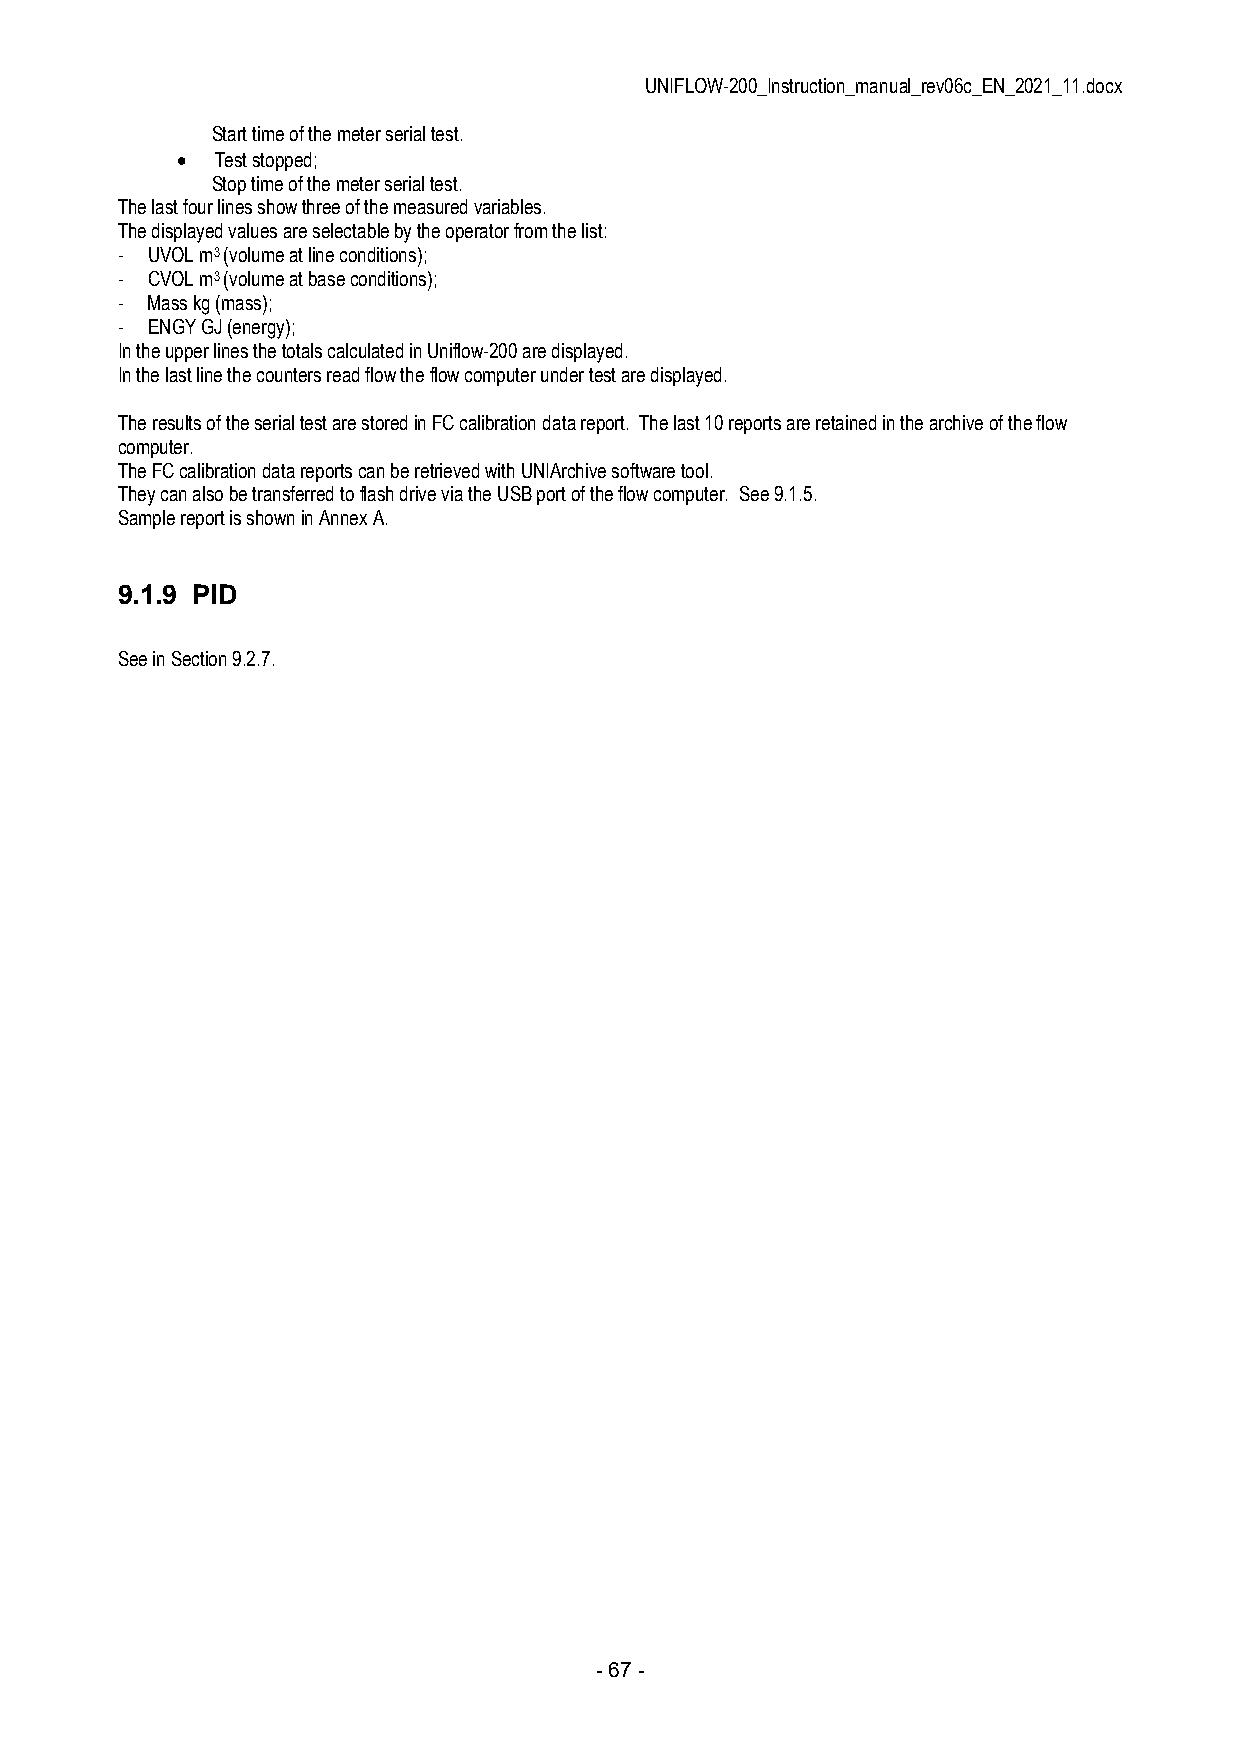
UNIFLOW-200_Instruction_manual_rev06c_EN_2021_11.docx
 Start time of the meter serial test.
  Test stopped;
 Stop time of the meter serial test.
 The last four lines show three of the measured variables.
 The displayed values are selectable by the operator from the list:
 - UVOL m3 (volume at line conditions);
 - CVOL m3 (volume at base conditions);
 - Mass kg (mass);
 - ENGY GJ (energy);
 In the upper lines the totals calculated in Uniflow-200 are displayed.
 In the last line the counters read flow the flow computer under test are displayed.
 The results of the serial test are stored in FC calibration data report. The last 10 reports are retained in the archive of the flow
 computer.
 The FC calibration data reports can be retrieved with UNIArchive software tool.
 They can also be transferred to flash drive via the USB port of the flow computer. See 9.1.5.
 Sample report is shown in Annex A.
 9.1.9 PID
 See in Section 9.2.7.
 - 67 -